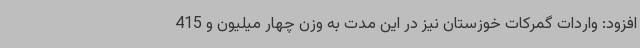
افزود: واردات گمرکات خوزستان نیز در این مدت به وزن چهار میلیون و 415